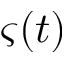
\varsigma ( t )